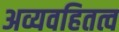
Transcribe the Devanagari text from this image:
अव्यवहितत्व